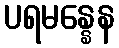
ပရမန္နေန